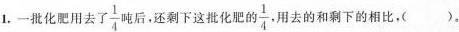
1.一批化肥用去了\frac{1}{4}吨后，还剩下这批化肥的 \frac{1}{4}用去的和剩下的相比，( )。